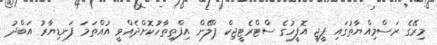
މިރޭގެ ރަސްމިއްޔާތުގައި ޕީޖީ އޮފީހުގެ ސްޓްރެޓީޖިކް ޕްލޭން އިފްތިތާހުކޮށްދެއްވީ އުއްތަމަ ފަނޑިޔާރު އަބްދު